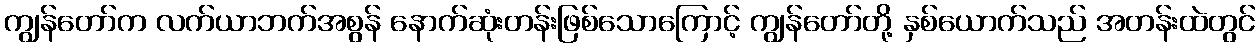
ကျွန်တော်က လက်ယာဘက်အစွန် နောက်ဆုံးတန်းဖြစ်သောကြောင့် ကျွန်တော်တို့ နှစ်ယောက်သည် အတန်းထဲတွင်